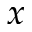
\boldsymbol { x }